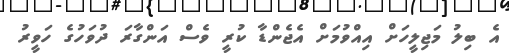
އެ ބިލު މަޖިލީހަށް އިއްވުމަށް އެޖެންޑާ ކުރީ ވެސް އަންގާރަ ދުވަހުގެ ހަވީރު